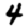
Digit: 4